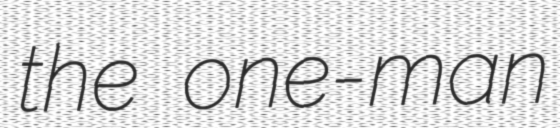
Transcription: the one-man